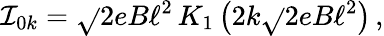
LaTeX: \mathcal{I}_{0k}=\sqrt{}{{2eB\ell^{2}}}\, K_{1}\left(2k\sqrt{}{{2eB\ell^{2}}}\right)\, ,